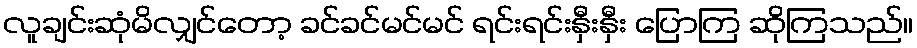
လူချင်းဆုံမိလျှင်တော့ ခင်ခင်မင်မင် ရင်းရင်းနှီးနှီး ပြောကြ ဆိုကြသည်။